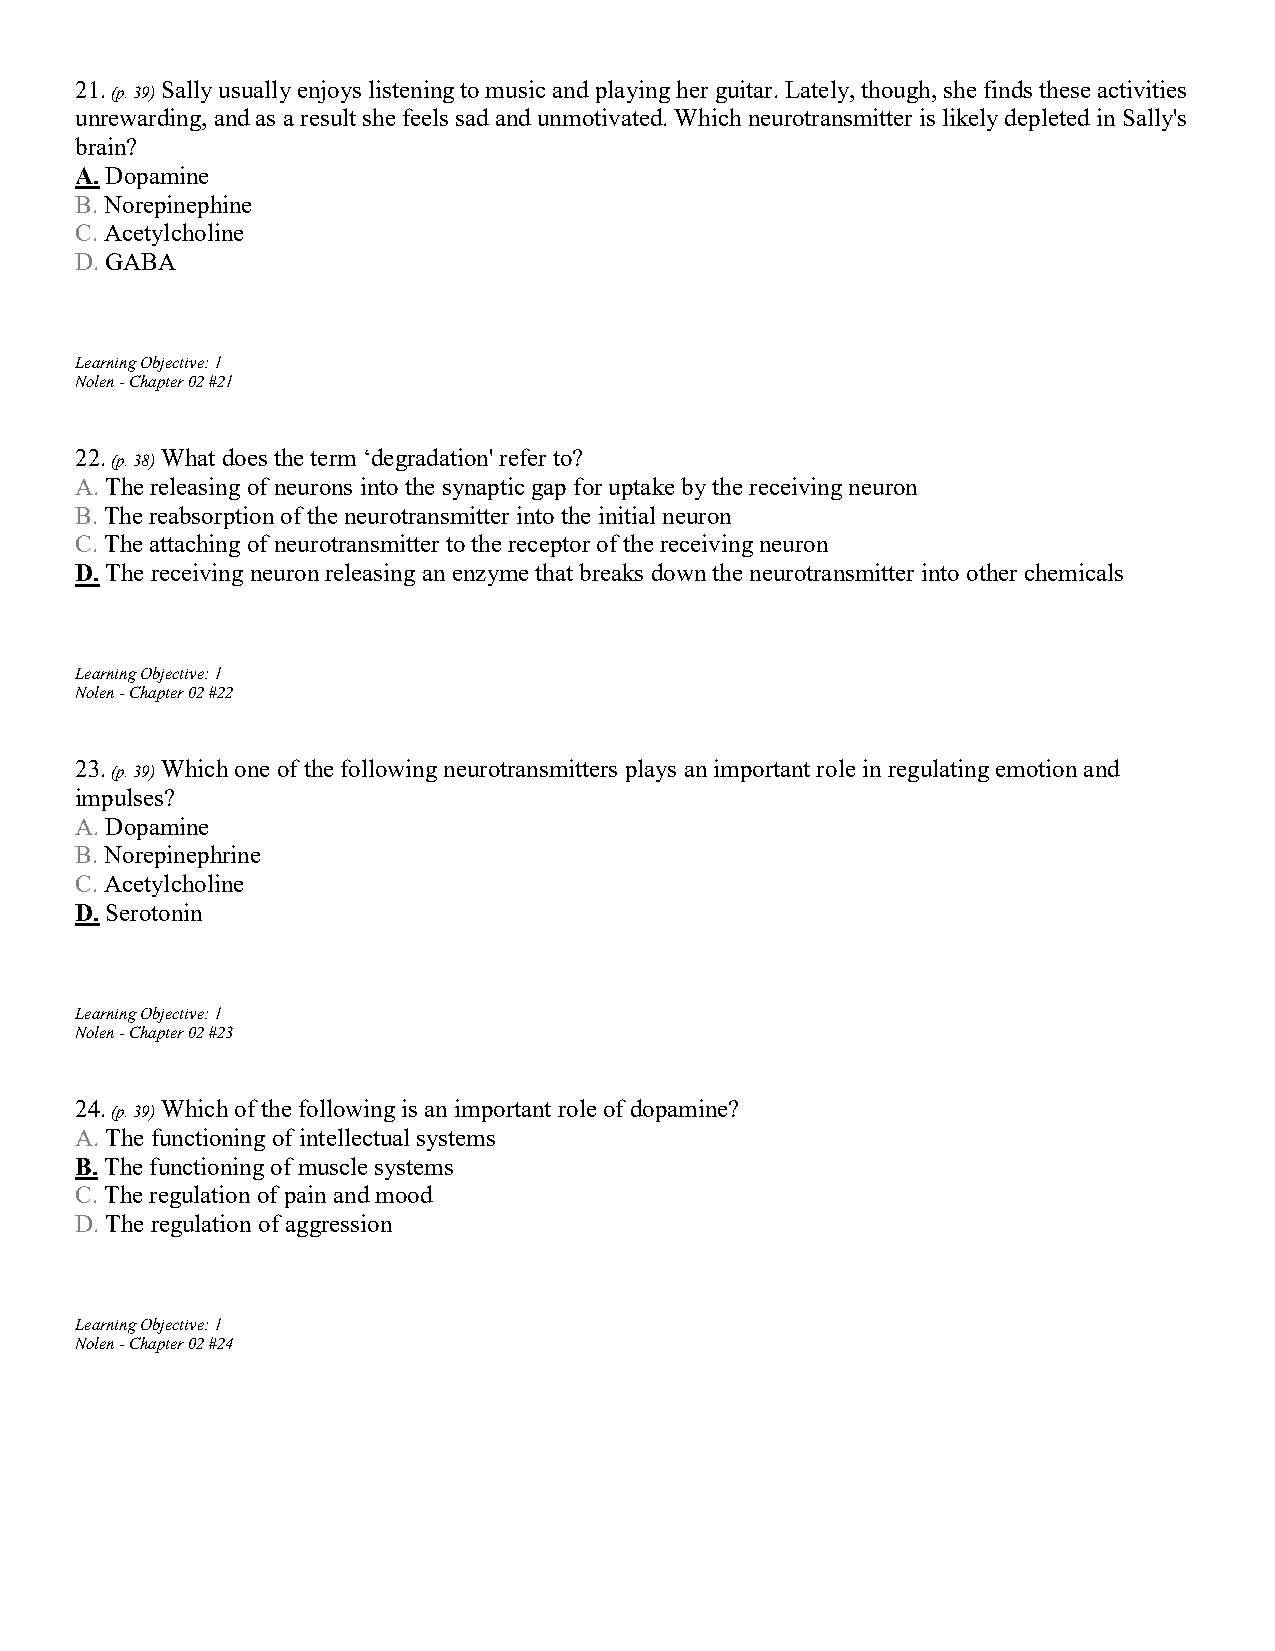
21.   Sally usually enjoys listening to music and playing her guitar. Lately, though, she finds these activities
 (p. 39)
 unrewarding, and as a result she feels sad and unmotivated. Which neurotransmitter is likely depleted in Sally's
 brain?
 A. Dopamine
 B. Norepinephine
 C. Acetylcholine
 D. GABA
 Learning Objective: 1
 Nolen - Chapter 02 #21
 22.   What does the term ‘degradation' refer to?
 (p. 38)
 A. The releasing of neurons into the synaptic gap for uptake by the receiving neuron
 B. The reabsorption of the neurotransmitter into the initial neuron
 C. The attaching of neurotransmitter to the receptor of the receiving neuron
 D. The receiving neuron releasing an enzyme that breaks down the neurotransmitter into other chemicals
 Learning Objective: 1
 Nolen - Chapter 02 #22
 23.   Which one of the following neurotransmitters plays an important role in regulating emotion and
 (p. 39)
 impulses?
 A. Dopamine
 B. Norepinephrine
 C. Acetylcholine
 D. Serotonin
 Learning Objective: 1
 Nolen - Chapter 02 #23
 24.   Which of the following is an important role of dopamine?
 (p. 39)
 A. The functioning of intellectual systems
 B. The functioning of muscle systems
 C. The regulation of pain and mood
 D. The regulation of aggression
 Learning Objective: 1
 Nolen - Chapter 02 #24